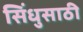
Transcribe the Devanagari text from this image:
सिंधुसाठी